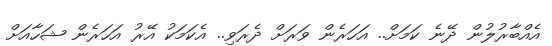
އެއްބާރުލުން ދޭނެ ކަމަށް.. އަހަރެން ވަރަށް ދެރަވި.. އެކަމަކު އޭރު އަހަރެން ޝަހާއަށް